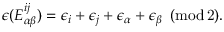
\epsilon ( E _ { \alpha \beta } ^ { i j } ) = \epsilon _ { i } + \epsilon _ { j } + \epsilon _ { \alpha } + \epsilon _ { \beta } \, \, \, ( \mathrm { m o d \, 2 } ) .